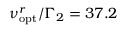
\nu _ { \mathrm { o p t } } ^ { r } / \Gamma _ { 2 } = 3 7 . 2